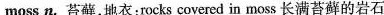
moss n.苔藓,地衣;rocks covered in moss 长满苔藓的岩石